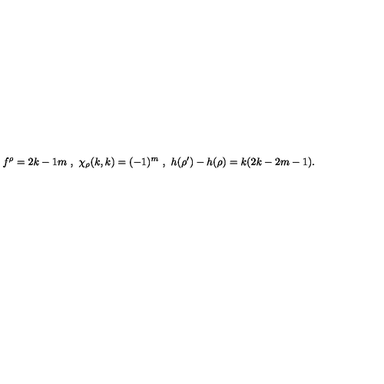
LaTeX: f ^ { \rho } = { \binom { 2 k - 1 } { m } } \ , \ \chi _ { \rho } ( k , k ) = ( - 1 ) ^ { m } \ , \ h ( \rho ^ { \prime } ) - h ( \rho ) = k ( 2 k - 2 m - 1 ) .